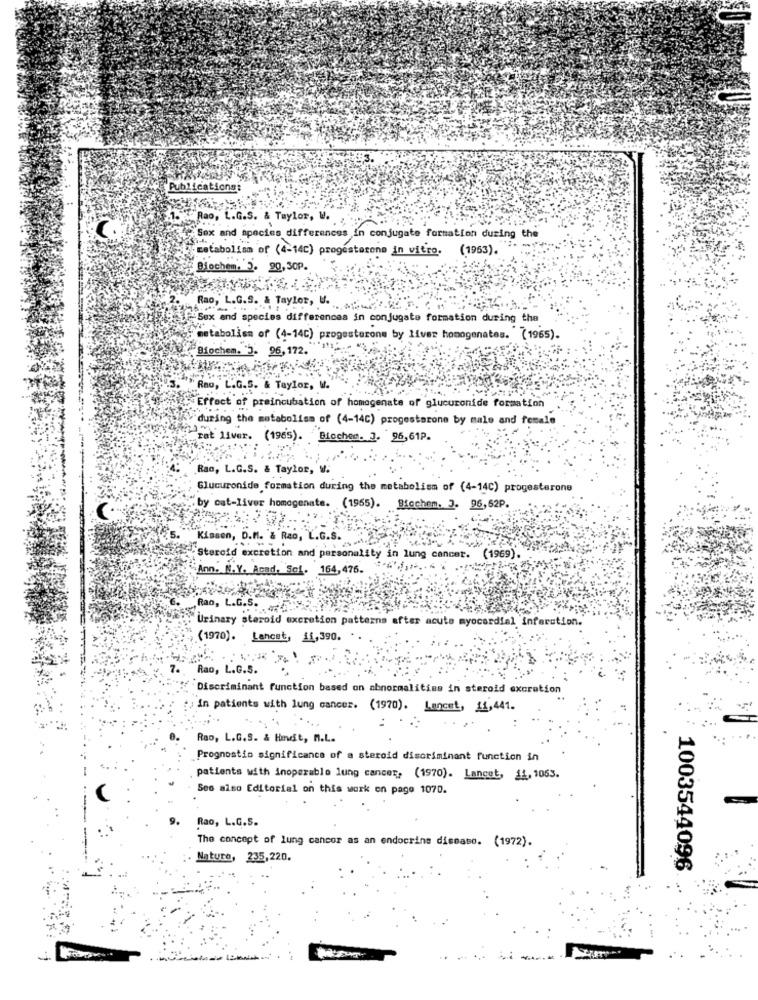
Publications:
.Rao, L.G.S. & Taylor, W.
Sex and species differences in conjugate formation during the
catabolismof (4-14c) progesterone in vitro. (1953).
Biochem. 2. 90, 30P.
Rao, L.G.S. & Taylor, V.
Sex and species differences in conjugate formation during the
metabolism of (4-14c) progesterone by liver homogenates. (1965).
Biochem. 5. 96, 172.
Rno, L.G.S. & Taylor, W.
Effect of preincubation of homogenate of glucuronide formation
during the metabolism of (4-14c) progesterone by male and female
rat liver. (1965). Biochee. J. 96,61P.
Rao, L.C.S. & Taylor, W.
Glucuronide formation during the metabolism of (4-14C) progesterone
by cat-liver homogenate. (1955). Biochem. J. 96,62P.
Kissen, D.M. & Rao, L.G.S.
Steroid excretion and personality in lung cancet.
(1969).
Ann. N.Y. Acad. Sol. 164, 476.
Rao, L.G.S. ..
Urinary steroid excretion patterns after acute myocardial infarction.
(1970). Lancet, 11,390.
Rao, L.G.S.
Discriminant function based on abnormalities in steroid excretion
in patients with lung cancer. (1970). Lancet, 11,441.
Rap, L.G.S. & Hodit, n.L.
Prognostio significance of a steroid discriminant function in
patients with inoperable lung cancer, (1970). Lancet, 14, 1063.
See also Editorial on this work on page 1070.
Rao, L.G.5.
The concept of lung cancer as an endocrins disease. (1972).
Nature, 235,220.
1003544096